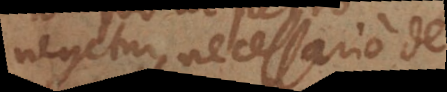
negetur, necessario de